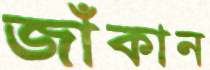
জাঁকান